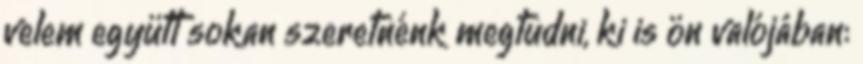
velem együtt sokan szeretnénk megtudni, ki is ön valójában: